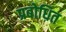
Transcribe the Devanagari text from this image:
प्रबोधित